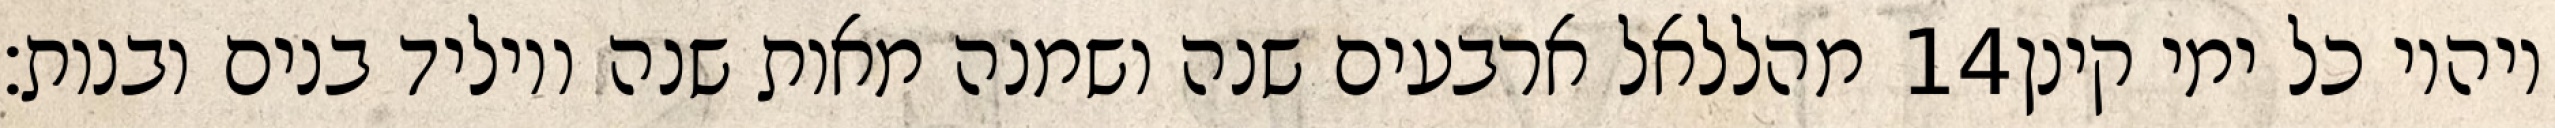
מהללאל ארבעים שנה ושמנה מאות שנה ויוליד בנים ובנות׃ ‎14‏ ויהיו כל ימי קינן